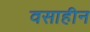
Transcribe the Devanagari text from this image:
वसाहीन